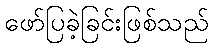
ဖော်ပြခဲ့ခြင်းဖြစ်သည်